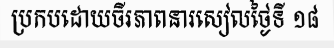
ប្រកបដោយចីរភាពនារសៀលថ្ងៃទី ១៨